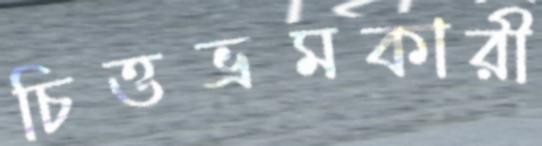
চিত্তভ্রমকারী